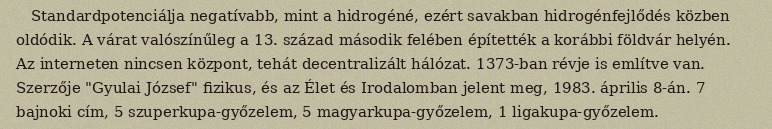
Standardpotenciálja negatívabb, mint a hidrogéné, ezért savakban hidrogénfejlődés közben oldódik. A várat valószínűleg a 13. század második felében építették a korábbi földvár helyén. Az interneten nincsen központ, tehát decentralizált hálózat. 1373-ban révje is említve van. Szerzője "Gyulai József" fizikus, és az Élet és Irodalomban jelent meg, 1983. április 8-án. 7 bajnoki cím, 5 szuperkupa-győzelem, 5 magyarkupa-győzelem, 1 ligakupa-győzelem.